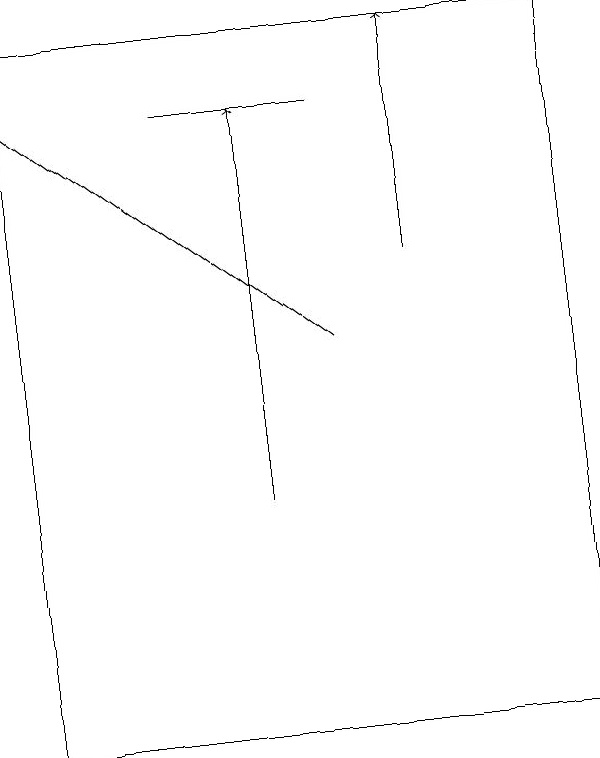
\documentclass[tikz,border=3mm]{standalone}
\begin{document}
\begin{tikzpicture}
\draw (6,18) rectangle (4,18);
\draw (9,10) rectangle (2,19);
\draw (2,17) rectangle (2,17);
\draw[->] (7,16) -- (7,19);
\draw[->] (5,13) -- (5,18);
\draw[->] (6,15) -- (2,18);
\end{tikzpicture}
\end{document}